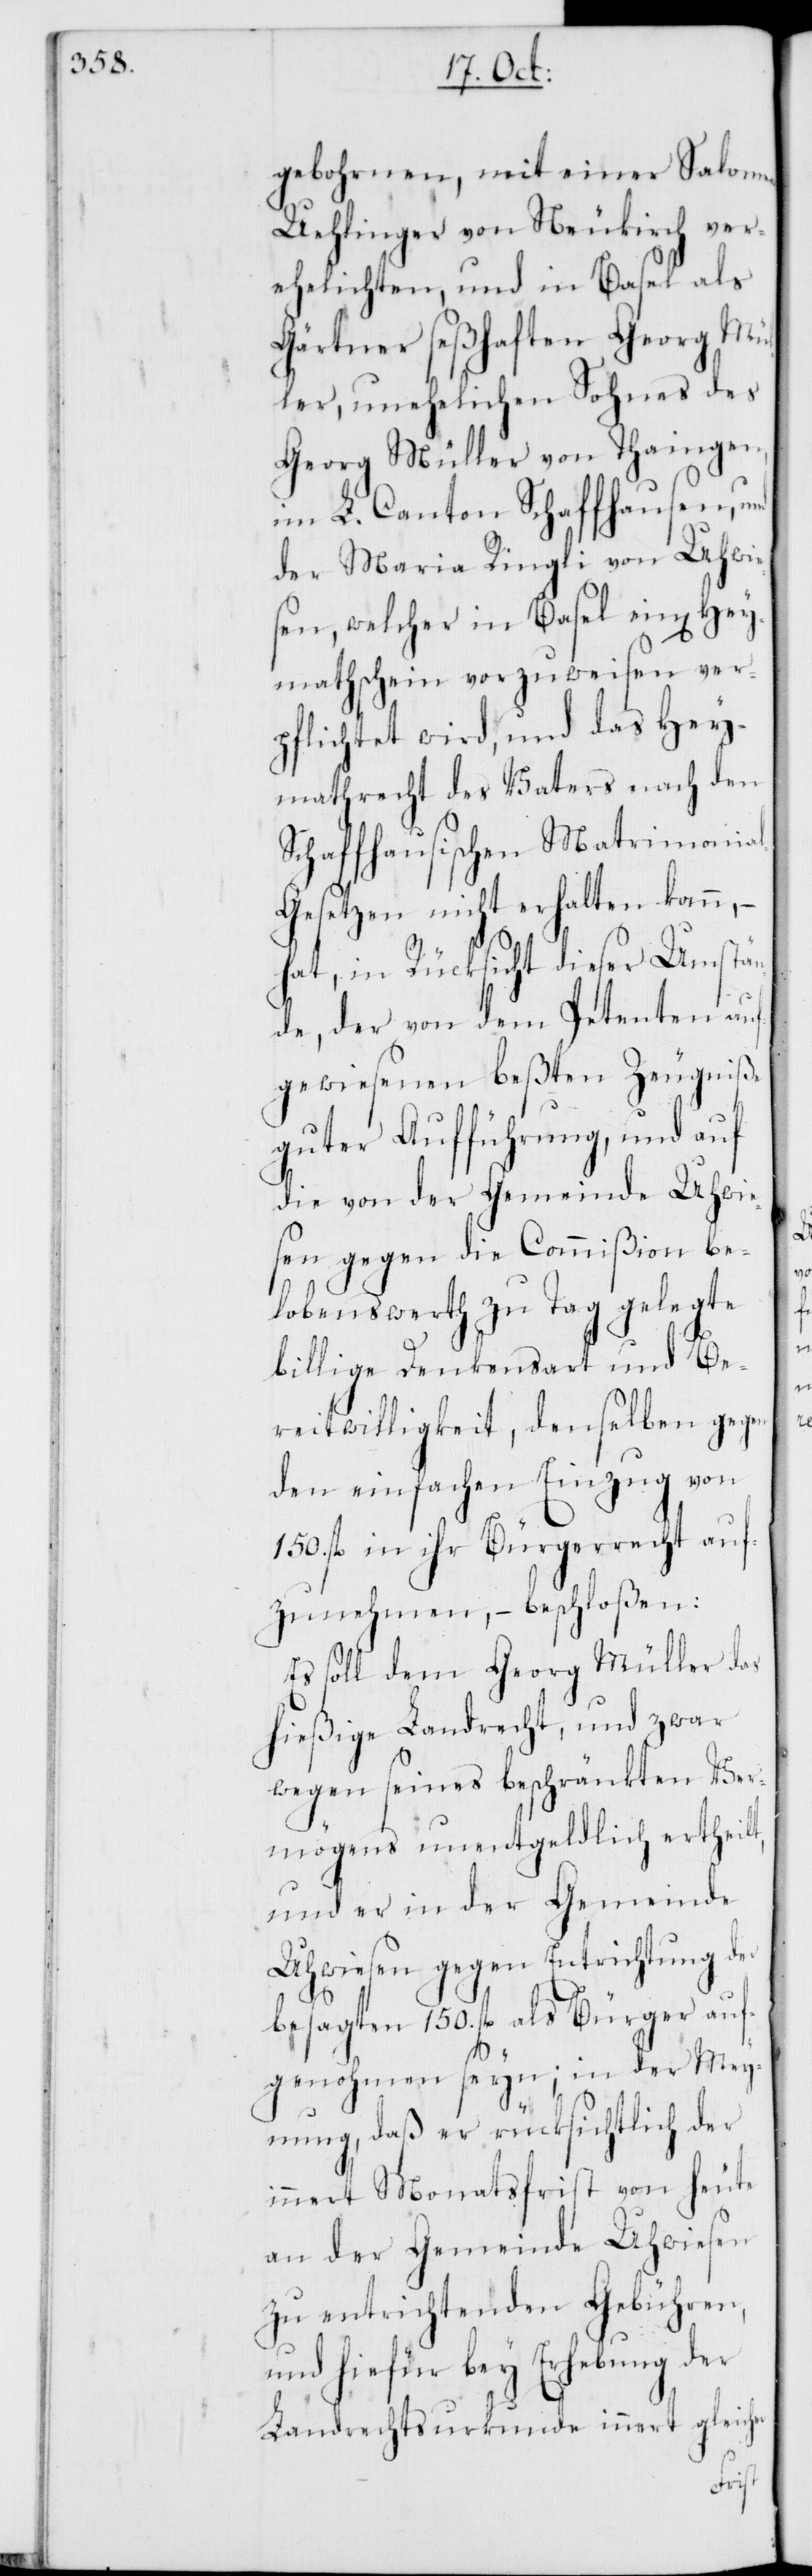
gebohrnen, mit einer Salomea
Uehlinger von Neukirch ver¬
ehelichten, und in Basel als
Gärtner seßhaften Georg Mül¬
ler, unehelichen Sohnes des
Georg Müller von Thaingen,
im L. Canton Schaffhausen, und
der Maria Ringli von Uhwie¬
sen, welcher in Basel ein[en] Hey¬
mathschein vorzuweisen ver¬
pflichtet wird, und das Hey¬
mathrecht des Vaters nach den
Schaffhausischen Matrimonia¬
l-Gesetzen nicht erhalten kann, –
hat, in Rücksicht dieser Umstä¬
nde, der von dem Petenten auf¬
gewiesenen beßten Zeugniße
guter Aufführung, und auf
die von der Gemeinde Uhwie¬
sen gegen die Commißion be¬
lobenswerth zu Tag gelegte
billige Denkensart und Be¬
reitwilligkeit, denselben gegen
den einfachen Einzug von
150. fl. in ihr Bürgerrecht auf¬
zunehmen, – beschloßen:
Es soll dem Georg Müller das
hießige Landrecht, und zwar
wegen seines beschränkten Ver¬
mögens unentgeldlich ertheilt,
und er in der Gemeinde
Uhwiesen gegen Entrichtung der
besagten 150. fl. als Bürger auf¬
genohmen seyn; in der Mey¬
nung, daß er rücksichtlich der
innert Monatsfrist von heute
an der Gemeinde Uhwiesen
zu entrichtenden Gebühren,
und hiefür bey Erhebung der
Landrechtsurkunde innert gleicher